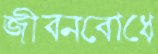
জীবনবোধে